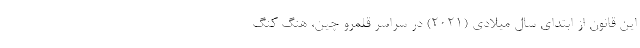
این قانون از ابتدای سال میلادی (۲۰۲۱) در سراسر قلمرو چین، هنگ کنگ